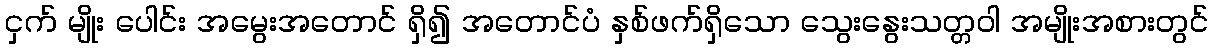
ငှက် မျိုး ပေါင်း အမွေးအတောင် ရှိ၍ အတောင်ပံ နှစ်ဖက်ရှိသော သွေးနွေးသတ္တဝါ အမျိုးအစားတွင်